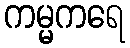
ကမ္မကရေ